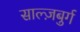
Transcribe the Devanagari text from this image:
साल्ज़बुर्ग